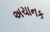
અચાનક